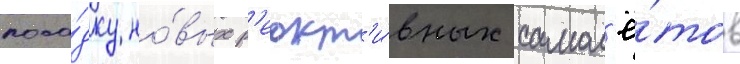
поса́дку но́вых р'еакт'и́вных самол'ё́тов